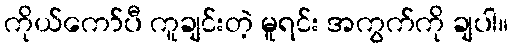
ကိုယ်ကော်ပီ ကူချင်းတဲ့ မူရင်း အကွက်ကို ချပါ။